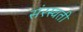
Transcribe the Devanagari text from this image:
संरस्वती